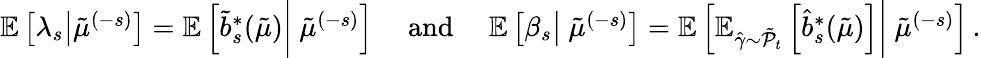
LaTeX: \begin{array}{r}{\mathbb{E}\left[\lambda_{s}\big|\tilde{\mu}^{(-s)}\right]=\mathbb{E}\left[\tilde{b}_{s}^{*}(\tilde{\mu})\biggr|\ \tilde{\mu}^{(-s)}\right]\quad\mathrm{~and~}\quad\mathbb{E}\left[\beta_{s}\big|\ \tilde{\mu}^{(-s)}\right]=\mathbb{E}\left[\mathbb{E}_{\hat{\gamma}\sim\tilde{\mathcal{P}}_{t}}\left[\hat{b}_{s}^{*}(\tilde{\mu})\right]\biggr|\ \tilde{\mu}^{(-s)}\right]\, .}\end{array}